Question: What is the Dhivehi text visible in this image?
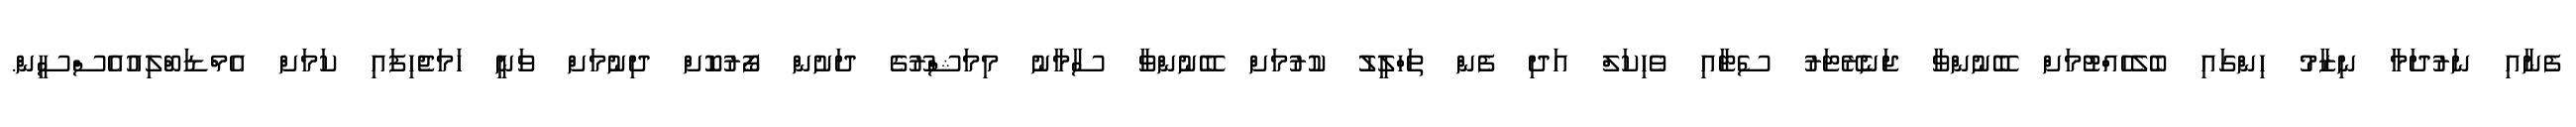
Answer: ފެނާއި ނަރުދަމާ ނިޒާމު ހިންގައި ބެލެހެއްޓުމަށް ބޭނުންވާ ޖަނެރޭޓަރު ސެޓާއި ވެހިކަލް އަދި ފެން ތަހްލީލު ކުރުމަށް ބޭނުންވާ ސާމާނު މިމަޝްރޫގެ ދަށުން ފޯރުކޮށް ދިނުމަށް ވަނީ ހަމަޖެހިފައި ކަމަށް އެމްޑަބްލިއުއެސްސީން.